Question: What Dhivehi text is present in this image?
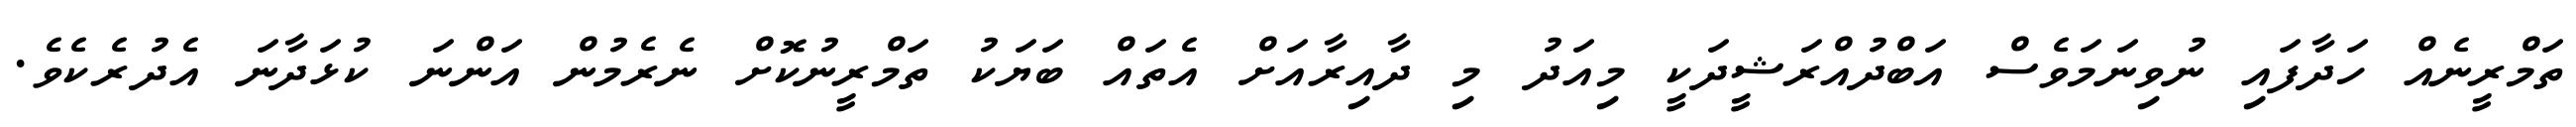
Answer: ތަމްރީނެއް ހަދާފައި ނުވިނަމަވެސް އަބްދުއްރަޝީދަކީ މިއަދު މި ދާއިރާއަށް އެތައް ބަޔަކު ތަމްރީނުކޮށް ނެރެމުން އަންނަ ކުޅަދާނަ އެދުރެކެވެ.